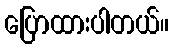
ပြောထားပါတယ်။